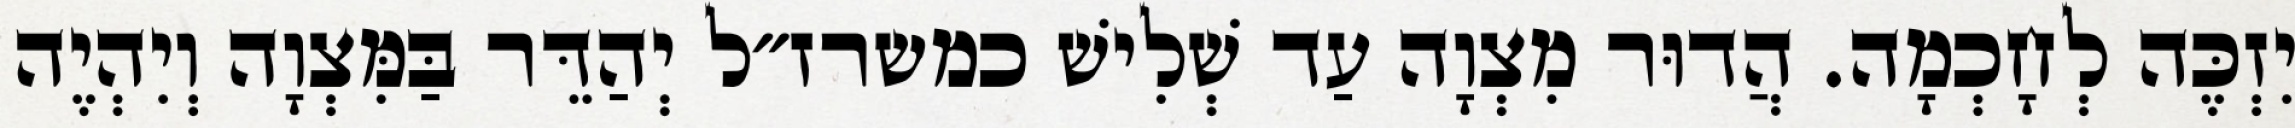
יִזְכֶּה לְחָכְמָה. הֲדוּר מִצְוָה עַד שְׁלִישׁ כמשרז״ל יְהַדֵּר בַּמִּצְוָה וְיִהְיֶה